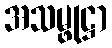
အသမ္ဖုဋ္ဌာ